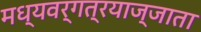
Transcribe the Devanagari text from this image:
मध्यवर्गत्रयाज्जाता